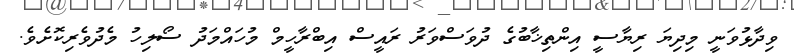
ވިދާޅުވަނީ މިދިޔަ ރިޔާސީ އިންތިޚާބުގެ ދުވަސްވަރު ރައީސް އިބްރާހީމް މުހައްމަދު ސޯލިހު މެދުވެރިކޮށެވެ.